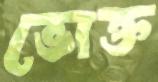
ভোক্ত